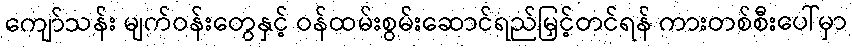
ကျော်သန်း မျက်ဝန်းတွေနှင့် ဝန်ထမ်းစွမ်းဆောင်ရည်မြှင့်တင်ရန် ကားတစ်စီးပေါ်မှာ